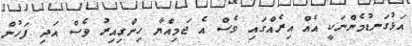
އަޅުގަނޑުމެންނަކީ އެއް އިރެއްގައި ވެސް އެ ޖަމިއްޔާ ހިންގިއިރު ވެސް އަދި ފަހުން